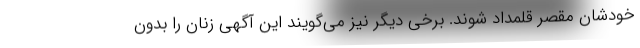
خودشان مقصر قلمداد شوند. برخی دیگر نیز می‌گویند این آگهی زنان را بدون